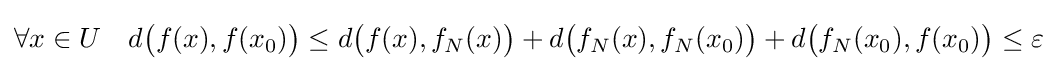
\forall x\in U\quad d{\bigl (}f(x),f(x_{0}){\bigr )}\leq d{\bigl (}f(x),f_{N}(x){\bigr )}+d{\bigl (}f_{N}(x),f_{N}(x_{0}){\bigr )}+d{\bigl (}f_{N}(x_{0}),f(x_{0}){\bigr )}\leq \varepsilon